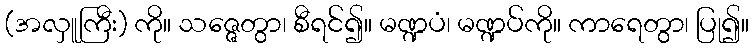
(အလှူကြီး) ကို။ သဇ္ဇေတွာ၊ စီရင်၍။ မဏ္ဍပံ၊ မဏ္ဍပ်ကို။ ကာရေတွာ၊ ပြု၍။